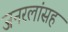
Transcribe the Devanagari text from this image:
जनरलांसह